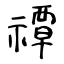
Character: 禫